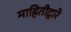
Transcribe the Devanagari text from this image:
माहितीद्वारे